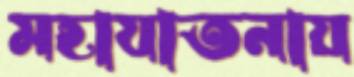
মহাযাতনায়